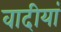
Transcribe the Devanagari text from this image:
वादीयां